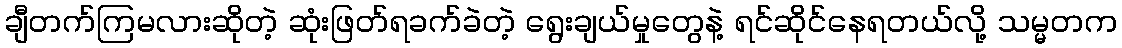
ချီတက်ကြမလားဆိုတဲ့ ဆုံးဖြတ်ရခက်ခဲတဲ့ ရွေးချယ်မှုတွေနဲ့ ရင်ဆိုင်နေရတယ်လို့ သမ္မတက